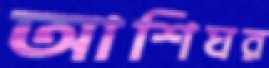
আশিঘর